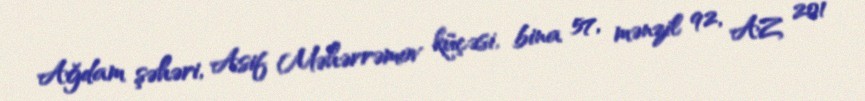
Ağdam şəhəri, Asif Məhərrəmov küçəsi, bina 57, mənzil 92, AZ 201